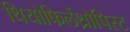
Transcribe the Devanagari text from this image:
थियोफिलेंथ्रोपिस्ट